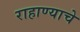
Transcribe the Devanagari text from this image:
राहाण्याचे